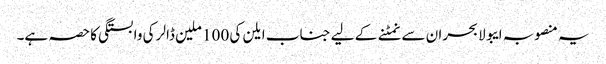
یہ منصوبہ ایبولا بحران سے نمٹنے کے لیے جناب ایلن کی 100 ملین ڈالر کی وابستگی کا حصہ ہے۔